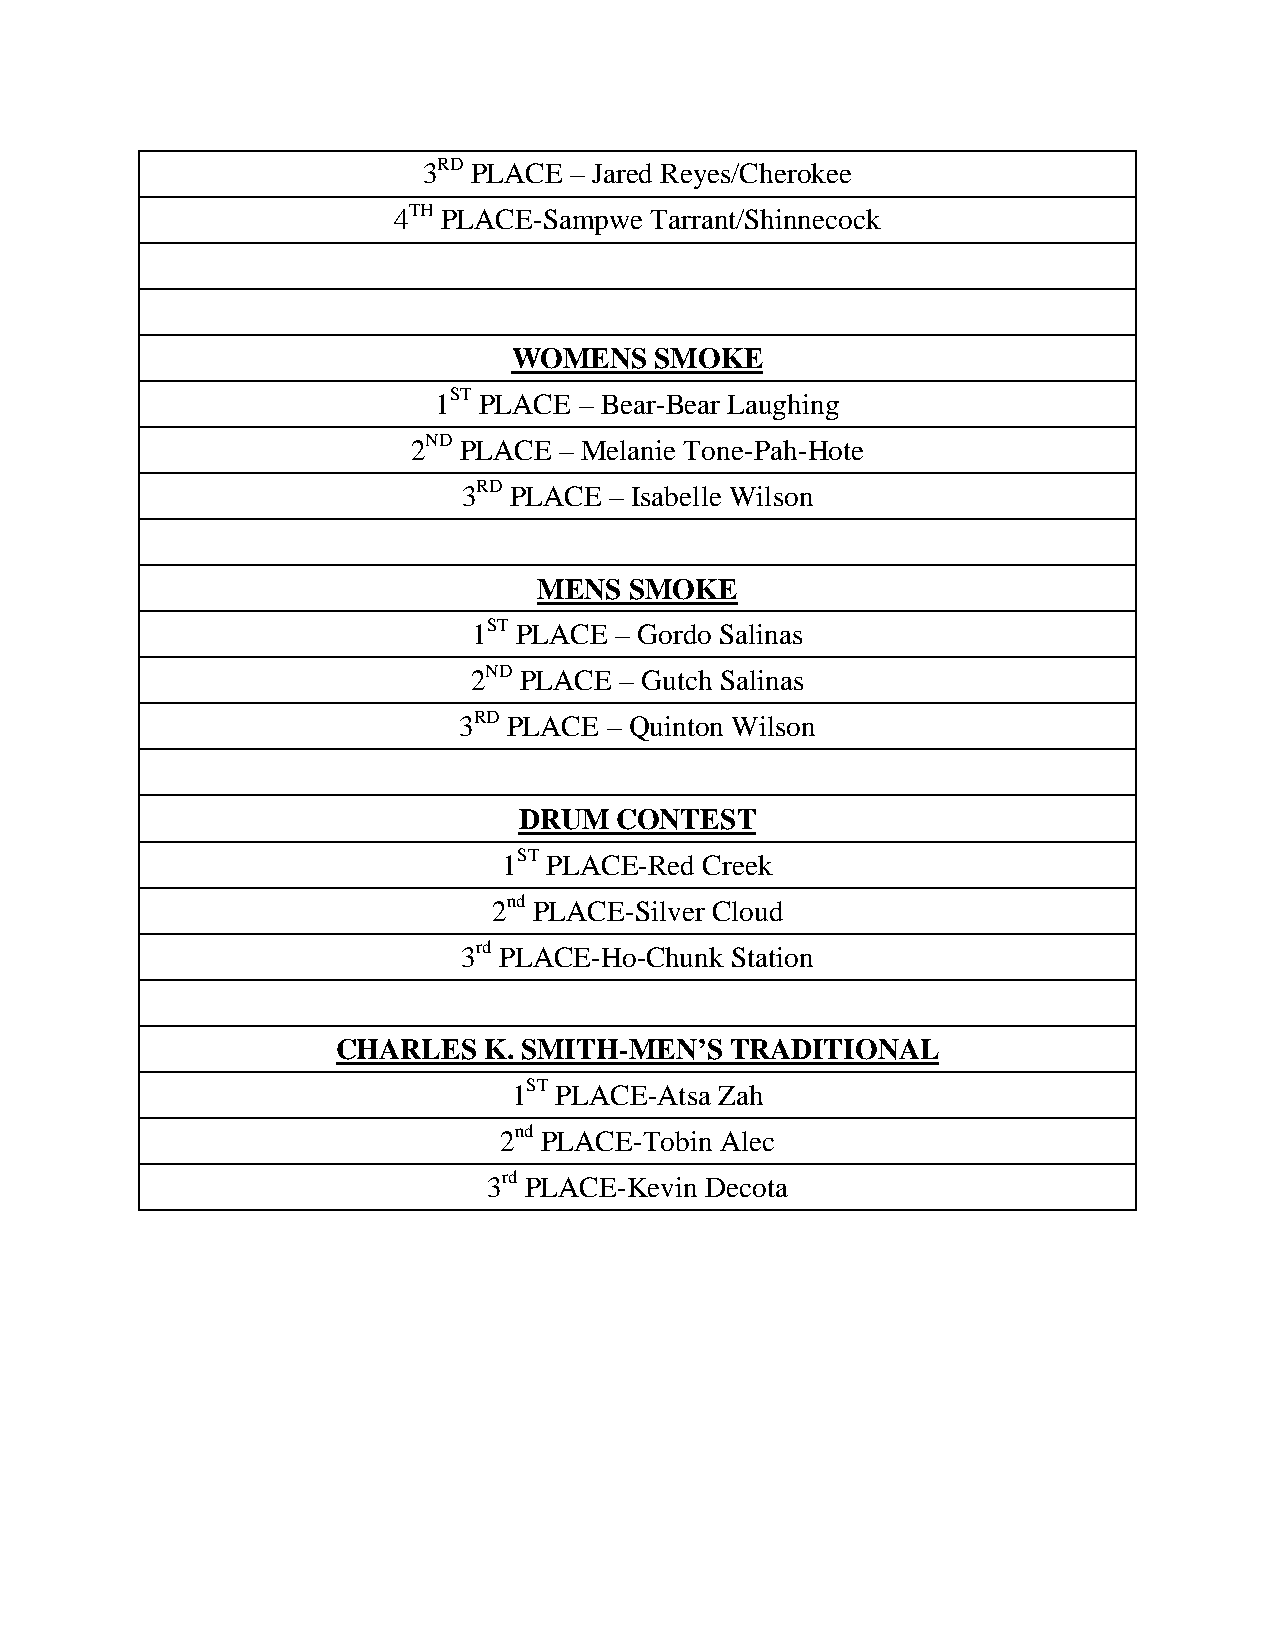
3RD PLACE – Jared Reyes/Cherokee
 4TH PLACE-Sampwe Tarrant/Shinnecock
 WOMENS   SMOKE
 1ST PLACE – Bear-Bear Laughing
 2ND PLACE – Melanie Tone-Pah-Hote
 3RD PLACE – Isabelle Wilson
 MENS  SMOKE
 1ST PLACE – Gordo Salinas
 2ND PLACE – Gutch Salinas
 3RD PLACE – Quinton Wilson
 DRUM   CONTEST
 1ST PLACE-Red Creek
 2nd PLACE-Silver Cloud
 3rd PLACE-Ho-Chunk Station
 CHARLES   K. SMITH-MEN’S  TRADITIONAL
 1ST PLACE-Atsa Zah
 2nd PLACE-Tobin Alec
 3rd PLACE-Kevin Decota